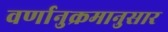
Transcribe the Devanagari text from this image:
वर्णानुक्रमानुसार